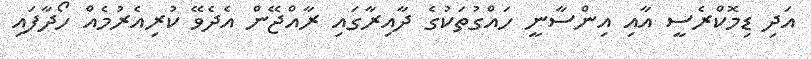
އަދި ޑިމޮކްރެސީ އާއި އިންސާނީ ހައްގުތަކުގެ ދާއިރާގައި ރާއްޖޭން އެދެވޭ ކުރިއެރުމެއް ހޯދާފައި